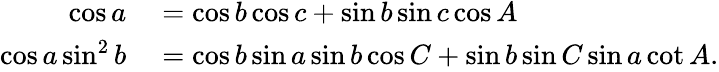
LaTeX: \begin{array}{rl}{\cos a}&{{}=\cos b\cos c+\sin b\sin c\cos A}\\ {\cos a\sin^{2}b}&{{}=\cos b\sin a\sin b\cos C+\sin b\sin C\sin a\cot A.}\end{array}